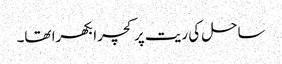
ساحل کی ریت پر کچرا بکھرا تھا۔